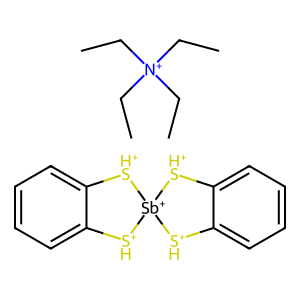
SMILES: CC[N+](CC)(CC)CC.c1ccc2c(c1)[SH+][Sb+]1([SH+]2)[SH+]c2ccccc2[SH+]1
Inhibits HIV replication: No